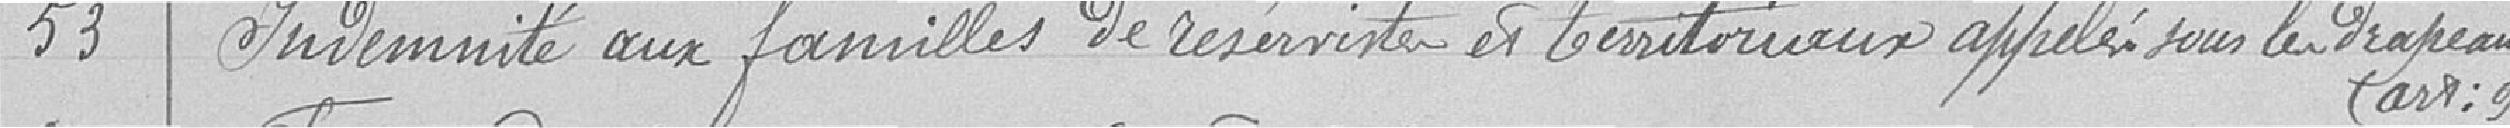
53 Indemnité aux familles de réservistes et territoriaux appelés sous les Drapeaux (art : 92)